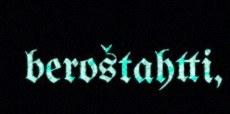
beroštahtti,